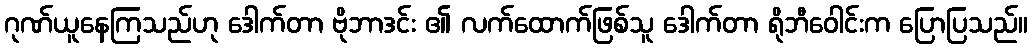
ဂုဏ်ယူနေကြသည်ဟု ဒေါက်တာ ဗိုဘာဒင်း ၏ လက်ထောက်ဖြစ်သူ ဒေါက်တာ ရိုဘီဝေါင်းက ပြောပြသည်။